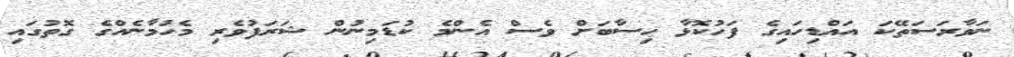
ނަވާރަސަތޭކަ އައްޑިހައިގެ ފަހުކޮޅާ ހިސާބަށް ވެސް އެންމެ ކުޑަމިނުން ޝަރަފުވެރި މެހުމާނެއްގެ ގޮތުގައި